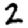
Digit: 2